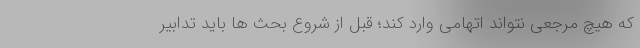
که هیچ مرجعی نتواند اتهامی وارد کند؛ قبل از شروع بحث ها باید تدابیر